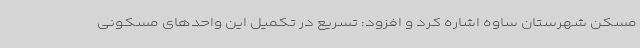
مسکن شهرستان ساوه اشاره کرد و افزود: تسریع در تکمیل این واحدهای مسکونی